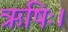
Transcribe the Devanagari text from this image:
ऋषिः।